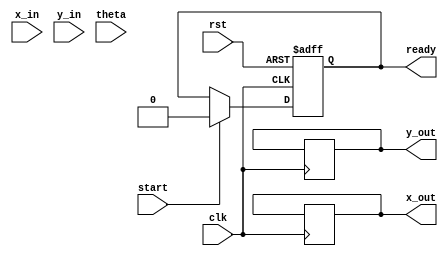
module pipeline_cordic (
    input wire clk,
    input wire rst,
    input wire start,
    input wire [15:0] x_in,  // Fixed-point representation of X
    input wire [15:0] y_in,  // Fixed-point representation of Y
    input wire [15:0] theta,  // Fixed-point angle input
    output reg [15:0] x_out,  // Resulting X'
    output reg [15:0] y_out,  // Resulting Y'
    output reg ready
);

    // CORDIC parameters
    localparam NUM_ITERATIONS = 16;
    reg [15:0] angle_table [0:NUM_ITERATIONS-1]; // Lookup table for angles
    reg [15:0] scaling_factors [0:NUM_ITERATIONS-1]; // Scaling factors

    // Registers for pipeline stages
    reg [15:0] x_reg [0:NUM_ITERATIONS-1];
    reg [15:0] y_reg [0:NUM_ITERATIONS-1];
    reg [15:0] theta_reg [0:NUM_ITERATIONS-1];
    reg [3:0] stage;

    // Initialization of angle and scaling factor tables
    initial begin
        // Populate angle_table with precomputed values (in radians)
        angle_table[0] = 16'h0000; // 0 radians
        angle_table[1] = 16'h2000; // atan(2^-1)
        angle_table[2] = 16'h1C71; // atan(2^-2)
        angle_table[3] = 16'h1A62; // atan(2^-3)
        // ... Add remaining entries
        angle_table[15] = 16'h0000; // atan(2^-15)

        // Populate scaling factors
        scaling_factors[0] = 16'h26DD; // 1/sqrt(1 + 2^0)
        scaling_factors[1] = 16'h1A62; // 1/sqrt(1 + 2^-1)
        // ... Add remaining entries
        scaling_factors[15] = 16'h0000; // 1/sqrt(1 + 2^-15)
    end

    // Control logic for the pipeline
    always @(posedge clk or posedge rst) begin
        if (rst) begin
            stage <= 0;
            ready <= 0;
        end else if (start) begin
            // Load initial values
            x_reg[0] <= x_in;
            y_reg[0] <= y_in;
            theta_reg[0] <= theta;
            stage <= 1;
            ready <= 0;
        end else if (stage < NUM_ITERATIONS) begin
            // Perform CORDIC rotation
            if (theta_reg[stage - 1] < 0) begin
                x_reg[stage] <= x_reg[stage - 1] + (y_reg[stage - 1] >>> stage);
                y_reg[stage] <= y_reg[stage - 1] - (x_reg[stage - 1] >>> stage);
                theta_reg[stage] <= theta_reg[stage - 1] + angle_table[stage];
            end else begin
                x_reg[stage] <= x_reg[stage - 1] - (y_reg[stage - 1] >>> stage);
                y_reg[stage] <= y_reg[stage - 1] + (x_reg[stage - 1] >>> stage);
                theta_reg[stage] <= theta_reg[stage - 1] - angle_table[stage];
            end
            stage <= stage + 1;
        end else if (stage == NUM_ITERATIONS) begin
            // Final output after last iteration
            x_out <= x_reg[NUM_ITERATIONS - 1] * scaling_factors[NUM_ITERATIONS - 1];
            y_out <= y_reg[NUM_ITERATIONS - 1] * scaling_factors[NUM_ITERATIONS - 1];
            ready <= 1;
            stage <= 0; // Reset stage for next computation
        end
    end
endmodule